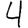
Digit: 4